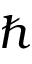
\hbar